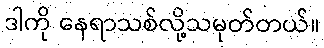
ဒါကို နေရာသစ်လို့သမုတ်တယ်။